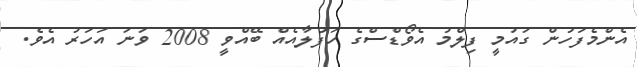
އެންމެފަހުން ގައުމީ ފިލްމު އެވޯޑްސްގެ ހަފުލާއެއް ބޭއްވީ 2008 ވަނަ އަހަރު އެވެ.